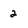
Character: 2